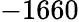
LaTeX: -1660